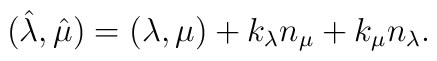
(\hat{\lambda},\hat{\mu})=(\lambda,\mu)+k_{\lambda}n_{\mu}+k_{\mu}n_{\lambda}.